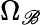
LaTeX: \Omega_{\mathscr{B}}